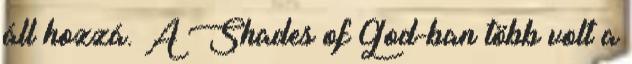
áll hozzá. A Shades of God-ban több volt a